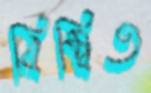
বিম্বিত